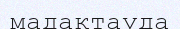
мадақтауда